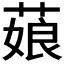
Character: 𦷄